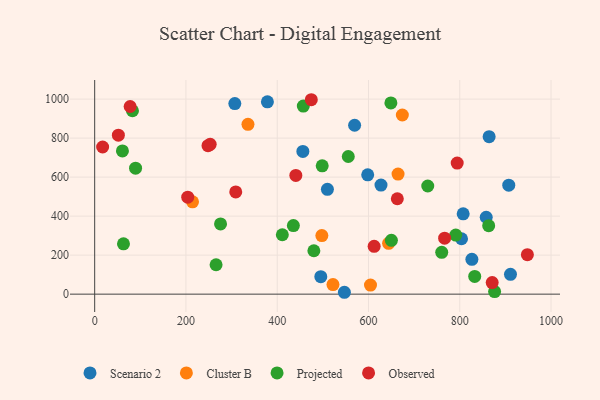
{"axis": {"x": "Speed", "y": "Sales"}, "legend": ["Cluster B", "Observed", "Projected", "Scenario 2"], "data": [{"x": "495.5", "y": 89.5, "type": "Scenario 2"}, {"x": "378.5", "y": 986.2, "type": "Scenario 2"}, {"x": "907.4", "y": 558.9, "type": "Scenario 2"}, {"x": "826.6", "y": 178.3, "type": "Scenario 2"}, {"x": "510.0", "y": 537.4, "type": "Scenario 2"}, {"x": "598.3", "y": 611.8, "type": "Scenario 2"}, {"x": "547.2", "y": 9.6, "type": "Scenario 2"}, {"x": "307.1", "y": 976.9, "type": "Scenario 2"}, {"x": "807.5", "y": 412.0, "type": "Scenario 2"}, {"x": "569.6", "y": 865.9, "type": "Scenario 2"}, {"x": "803.9", "y": 283.9, "type": "Scenario 2"}, {"x": "864.4", "y": 807.4, "type": "Scenario 2"}, {"x": "456.2", "y": 731.9, "type": "Scenario 2"}, {"x": "627.4", "y": 559.2, "type": "Scenario 2"}, {"x": "858.0", "y": 394.2, "type": "Scenario 2"}, {"x": "911.2", "y": 101.8, "type": "Scenario 2"}, {"x": "497.8", "y": 300.3, "type": "Cluster B"}, {"x": "335.9", "y": 870.6, "type": "Cluster B"}, {"x": "644.1", "y": 260.7, "type": "Cluster B"}, {"x": "674.2", "y": 918.6, "type": "Cluster B"}, {"x": "604.4", "y": 46.5, "type": "Cluster B"}, {"x": "664.8", "y": 615.8, "type": "Cluster B"}, {"x": "214.4", "y": 473.4, "type": "Cluster B"}, {"x": "522.2", "y": 49.0, "type": "Cluster B"}, {"x": "435.4", "y": 351.8, "type": "Projected"}, {"x": "266.0", "y": 150.8, "type": "Projected"}, {"x": "498.6", "y": 657.8, "type": "Projected"}, {"x": "275.8", "y": 359.8, "type": "Projected"}, {"x": "457.2", "y": 964.4, "type": "Projected"}, {"x": "760.5", "y": 214.2, "type": "Projected"}, {"x": "863.4", "y": 351.2, "type": "Projected"}, {"x": "82.8", "y": 940.4, "type": "Projected"}, {"x": "89.6", "y": 645.8, "type": "Projected"}, {"x": "649.1", "y": 980.3, "type": "Projected"}, {"x": "411.2", "y": 304.6, "type": "Projected"}, {"x": "480.3", "y": 222.4, "type": "Projected"}, {"x": "791.3", "y": 302.8, "type": "Projected"}, {"x": "729.9", "y": 554.4, "type": "Projected"}, {"x": "832.8", "y": 91.0, "type": "Projected"}, {"x": "650.2", "y": 275.8, "type": "Projected"}, {"x": "60.8", "y": 734.1, "type": "Projected"}, {"x": "63.1", "y": 258.2, "type": "Projected"}, {"x": "876.4", "y": 13.2, "type": "Projected"}, {"x": "555.7", "y": 705.8, "type": "Projected"}, {"x": "248.3", "y": 761.4, "type": "Observed"}, {"x": "77.7", "y": 962.1, "type": "Observed"}, {"x": "474.7", "y": 996.8, "type": "Observed"}, {"x": "612.4", "y": 245.1, "type": "Observed"}, {"x": "766.9", "y": 286.9, "type": "Observed"}, {"x": "794.4", "y": 671.9, "type": "Observed"}, {"x": "309.1", "y": 524.0, "type": "Observed"}, {"x": "203.9", "y": 497.2, "type": "Observed"}, {"x": "948.2", "y": 202.5, "type": "Observed"}, {"x": "17.4", "y": 754.5, "type": "Observed"}, {"x": "51.9", "y": 815.0, "type": "Observed"}, {"x": "440.8", "y": 608.5, "type": "Observed"}, {"x": "871.1", "y": 59.2, "type": "Observed"}, {"x": "253.1", "y": 768.1, "type": "Observed"}, {"x": "663.2", "y": 489.1, "type": "Observed"}]}